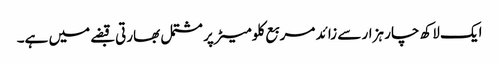
ایک لاکھ چار ہزار سے زائد مربع کلومیٹر پر مشتمل بھارتی قبضے میں ہے۔